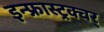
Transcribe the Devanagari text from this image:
इन्फ्रास्ट्रक्चर्